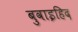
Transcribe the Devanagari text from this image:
बुवाइहिद